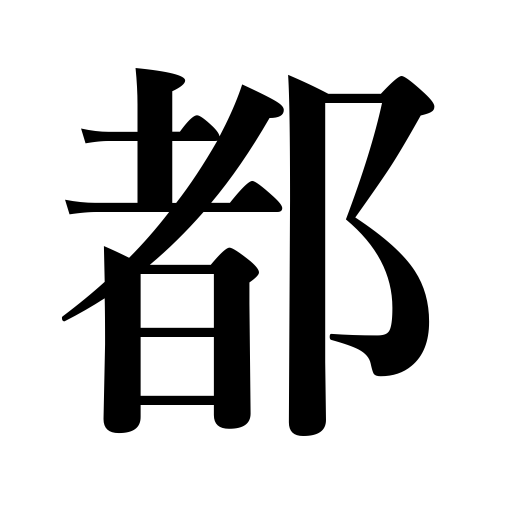
Meanings: metropolis,capital